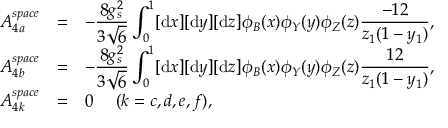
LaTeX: \begin{array} { r c l } { { A _ { 4 a } ^ { s p a c e } } } & { { = } } & { { - \displaystyle \frac { 8 g _ { s } ^ { 2 } } { 3 \sqrt { 6 } } \int _ { 0 } ^ { 1 } [ \mathrm { d } x ] [ \mathrm { d } y ] [ \mathrm { d } z ] \phi _ { B } ( x ) \phi _ { Y } ( y ) \phi _ { Z } ( z ) \displaystyle \frac { - 1 2 } { z _ { 1 } ( 1 - y _ { 1 } ) } , } } \\ { { A _ { 4 b } ^ { s p a c e } } } & { { = } } & { { - \displaystyle \frac { 8 g _ { s } ^ { 2 } } { 3 \sqrt { 6 } } \int _ { 0 } ^ { 1 } [ \mathrm { d } x ] [ \mathrm { d } y ] [ \mathrm { d } z ] \phi _ { B } ( x ) \phi _ { Y } ( y ) \phi _ { Z } ( z ) \displaystyle \frac { 1 2 } { z _ { 1 } ( 1 - y _ { 1 } ) } , } } \\ { { A _ { 4 k } ^ { s p a c e } } } & { { = } } & { { 0 ~ ~ ~ ~ ( k = c , d , e , f ) , } } \end{array}